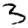
Digit: 3